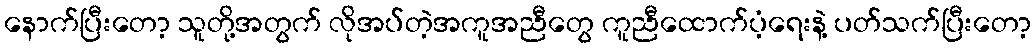
နောက်ပြီးတော့ သူတို့အတွက် လိုအပ်တဲ့အကူအညီတွေ ကူညီထောက်ပံ့ရေးနဲ့ ပတ်သက်ပြီးတော့